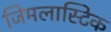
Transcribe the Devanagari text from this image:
जिमलास्टिक